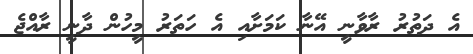
އެ ދަތުރު ރާވާނީ އޭނާ ކަމަށާއި އެ ހަތަރު މީހުން ދާނީ ރާއްޖެ